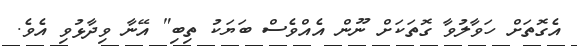
އެގޮތަށް ހަވާލުވާ ގޮތަކަށް ނޫން އެއްވެސް ބަޔަކު ތިބި" އޭނާ ވިދާޅުވި އެވެ.